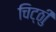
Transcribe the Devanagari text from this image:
चिट्ठीु